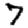
Digit: 7